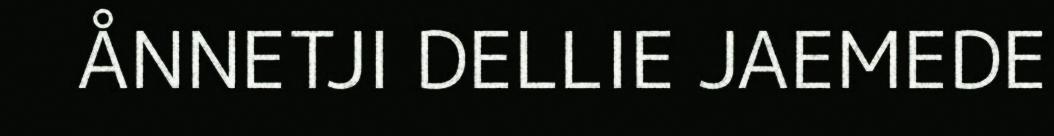
ÅNNETJI DELLIE JAEMEDE